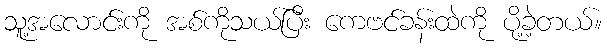
သူ့အလောင်းကို အစ်ကိုသယ်ပြီး ကေဗင်ခန်းထဲကို ပို့ခဲ့တယ်။